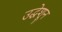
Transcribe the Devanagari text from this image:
उद्धेशून